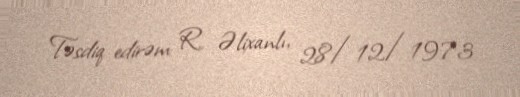
Təsdiq edirəm: R. Əlixanlı, 28/12/1973